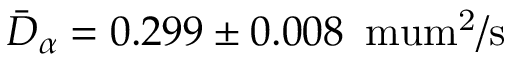
\bar { D } _ { \alpha } = 0 . 2 9 9 \pm 0 . 0 0 8 \, \mathrm { { \ m u m ^ { 2 } / s } }